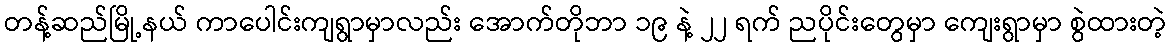
တန့်ဆည်မြို့နယ် ကာပေါင်းကျရွာမှာလည်း အောက်တိုဘာ ၁၉ နဲ့ ၂၂ ရက် ညပိုင်းတွေမှာ ကျေးရွာမှာ စွဲထားတဲ့